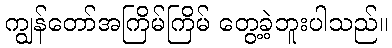
ကျွန်တော်အကြိမ်ကြိမ် တွေ့ခဲ့ဘူးပါသည်။